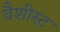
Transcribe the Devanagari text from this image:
वैशीस्ट